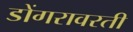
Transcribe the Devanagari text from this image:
डोंगरावरती